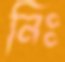
নিঃ